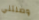
وصلتني